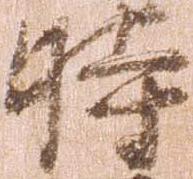
時